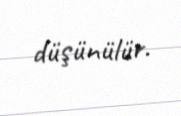
düşünülür.